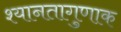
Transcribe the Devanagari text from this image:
श्यानतागुणाक